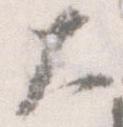
大